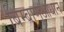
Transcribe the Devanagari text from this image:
बिम्बाणुआधान